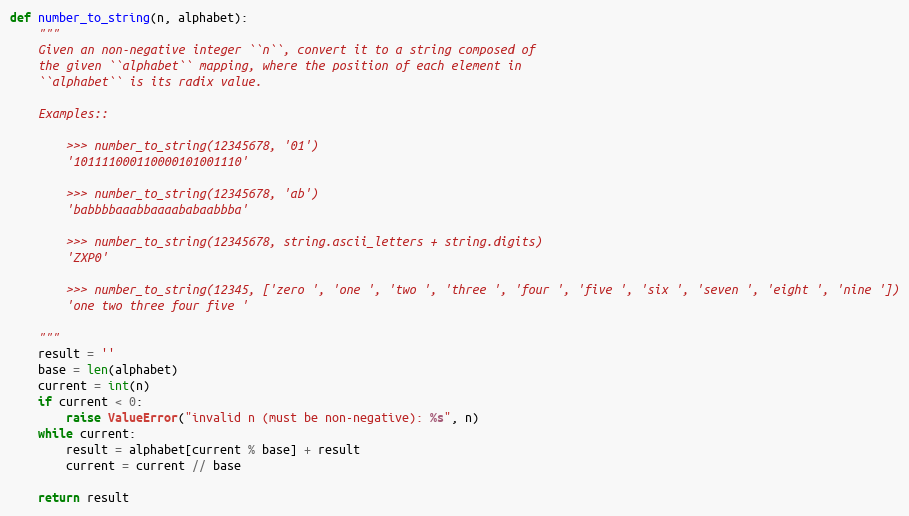
Language: Python
def number_to_string(n, alphabet):
    """
    Given an non-negative integer ``n``, convert it to a string composed of
    the given ``alphabet`` mapping, where the position of each element in
    ``alphabet`` is its radix value.

    Examples::

        >>> number_to_string(12345678, '01')
        '101111000110000101001110'

        >>> number_to_string(12345678, 'ab')
        'babbbbaaabbaaaababaabbba'

        >>> number_to_string(12345678, string.ascii_letters + string.digits)
        'ZXP0'

        >>> number_to_string(12345, ['zero ', 'one ', 'two ', 'three ', 'four ', 'five ', 'six ', 'seven ', 'eight ', 'nine '])
        'one two three four five '

    """
    result = ''
    base = len(alphabet)
    current = int(n)
    if current < 0:
        raise ValueError("invalid n (must be non-negative): %s", n)
    while current:
        result = alphabet[current % base] + result
        current = current // base

    return result